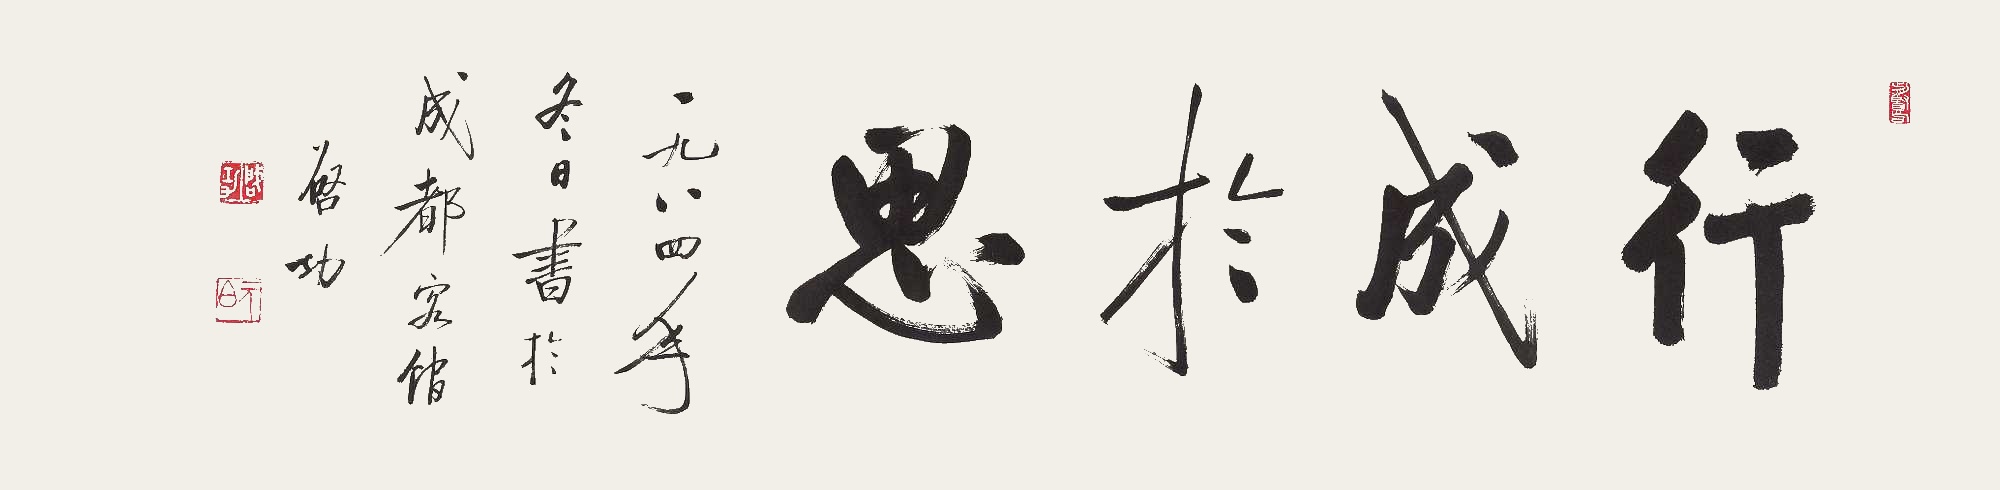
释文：行成于思。一九八四年冬日书于成都宾馆。启功。